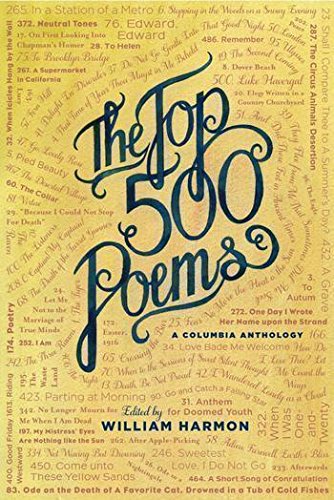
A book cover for The  Top 500 Poems; Reference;